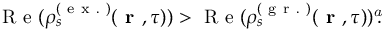
\mathrm { ~ R ~ e ~ } ( \rho _ { s } ^ { ( \mathrm { ~ e ~ x ~ . ~ } ) } ( \textbf { r } , \tau ) ) > \mathrm { ~ R ~ e ~ } ( \rho _ { s } ^ { ( \mathrm { ~ g ~ r ~ . ~ } ) } ( \textbf { r } , \tau ) ) \footnote { I n t h e s t o c h a s t i c f o r m a l i s m , t h e p o p u l a t i o n s a r e c o m p l e x , s o w e h a v e t o e x t r a c t t h e i r r e a l p a r t s . } \! \! .